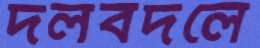
দলবদলে